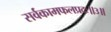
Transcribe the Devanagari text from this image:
सर्वकामफलप्रदः॥३॥